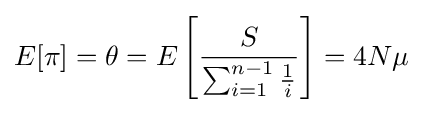
E[\pi ]=\theta =E\left[{\frac {S}{\sum _{i=1}^{n-1}{\frac {1}{i}}}}\right]=4N\mu